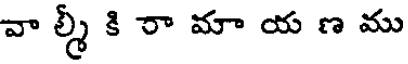
వా ల్మీ కి రా మా య ణ ము